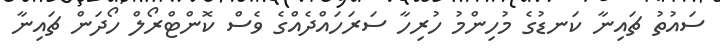
ސައުތު ޗައިނާ ކަނޑުގެ މުހިންމު ހުރިހާ ސަރަހައްދެއްގެ ވެސް ކޮންޓްރޯލް ހޯދަން ޗައިނާ